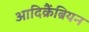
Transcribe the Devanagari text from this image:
आदिक्रैंब्रियन